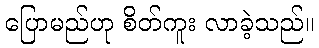
ပြောမည်ဟု စိတ်ကူး လာခဲ့သည်။